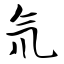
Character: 氘